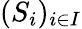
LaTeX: (S_{i})_{i\in I}